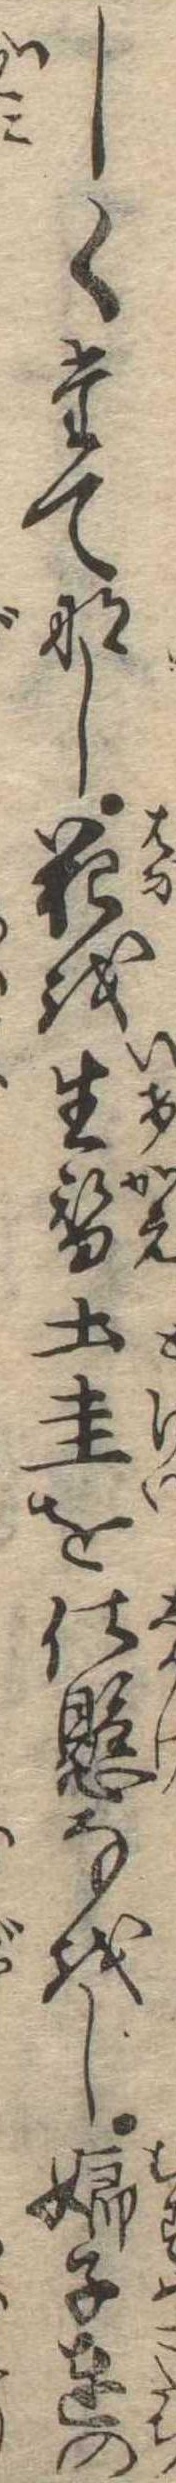
しくたてなし花を生替土圭を仕懸なをし娘子達の